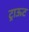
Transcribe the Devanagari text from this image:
ट्राऊट